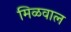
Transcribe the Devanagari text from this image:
मिळवाल